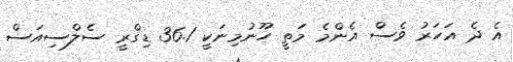
އެ ދެ އަހަރު ވެސް އެންމެ މަތީ ހޫނުމިނަކީ 36.1 ޑިގްރީ ސެލްސިއަސް